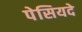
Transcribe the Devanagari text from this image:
पेसियदे